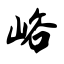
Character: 峪